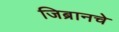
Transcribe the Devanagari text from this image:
जिब्रानचे